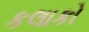
કલાકો